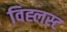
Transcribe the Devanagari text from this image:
विह्लस्ट